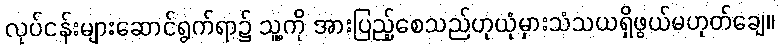
လုပ်ငန်းများဆောင်ရွက်ရာ၌ သူ့ကို အားပြည့်စေသည်ဟုယုံမှားသံသယရှိဖွယ်မဟုတ်ချေ။